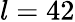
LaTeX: l=42